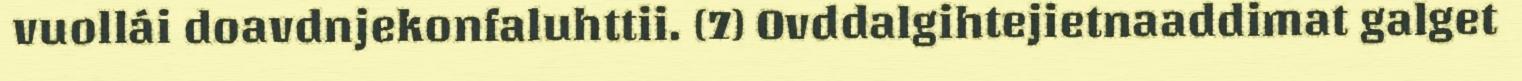
vuollái doavdnjekonfaluhttii. (7) Ovddalgihtejietnaaddimat galget